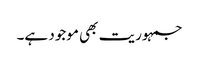
جمہوریت بھی موجود ہے۔